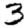
Digit: 3